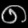
Digit: ၈